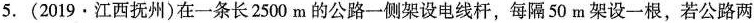
5. (2019·江西抚州)在一条长2500m的公路一侧架设电线杆，每隔50m架设一根，若公路两